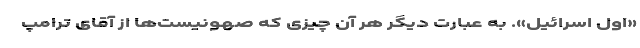
«اول اسرائیل». به عبارت دیگر هر آن چیزی که صهونیست‌ها از آقای ترامپ